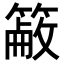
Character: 𥲖